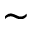
\sim